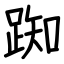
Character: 踟